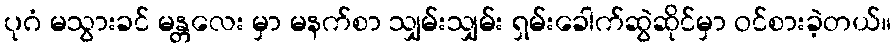
ပုဂံ မသွားခင် မန္တလေး မှာ မနက်စာ သျှမ်းသျှမ်း ရှမ်းခေါက်ဆွဲဆိုင်မှာ ဝင်စားခဲ့တယ်။